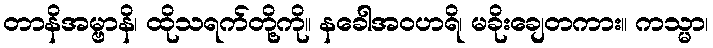
တာနိအမ္ဗာနိ၊ ထိုသရက်တို့ကို။ နခေါအဝဟရိ၊ မခိုးချေတကား။ ကသ္မာ၊